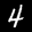
Label: 4